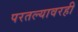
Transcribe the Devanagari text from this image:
परतल्यावरही